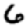
Digit: 6